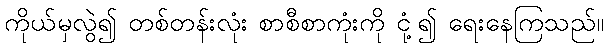
ကိုယ်မှလွဲ၍ တစ်တန်းလုံး စာစီစာကုံးကို ငုံ့၍ ရေးနေကြသည်။